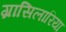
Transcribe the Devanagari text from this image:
ग्रासिलारिया